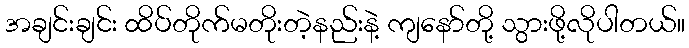
အချင်းချင်း ထိပ်တိုက်မတိုးတဲ့နည်းနဲ့ ကျနော်တို့ သွားဖို့လိုပါတယ်။